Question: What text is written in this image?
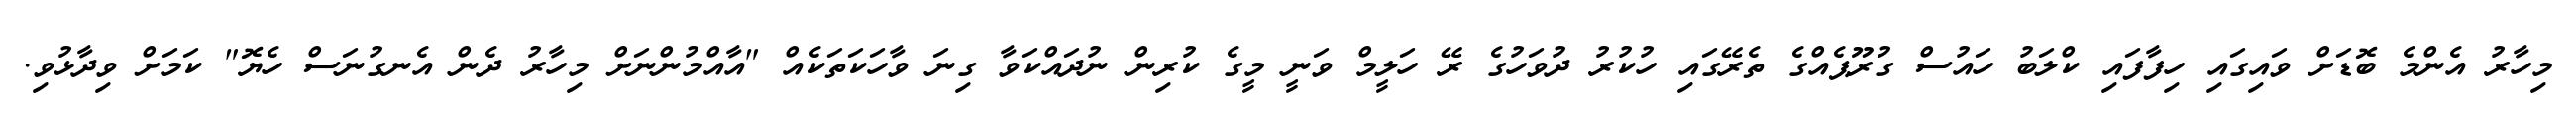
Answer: މިހާރު އެންމެ ބޮޑަށް ވައިގައި ހިފާފައި ކްލަބު ހައުސް ގުރޫޕެއްގެ ތެރޭގައި ހުކުރު ދުވަހުގެ ރޭ ހަލީމް ވަނީ މީގެ ކުރިން ނުދައްކަވާ ގިނަ ވާހަކަތަކެއް "އާއްމުންނަށް މިހާރު ދެން އެނގުނަސް ހެޔޮ" ކަމަށް ވިދާޅުވި.